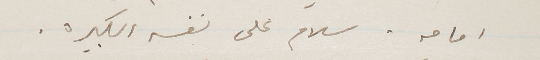
امامه. سلام على نفسه الكبيره.